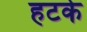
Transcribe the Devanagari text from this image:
हटके